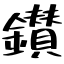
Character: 鑚